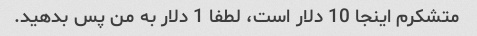
متشکرم اینجا 10 دلار است، لطفا 1 دلار به من پس بدهید.